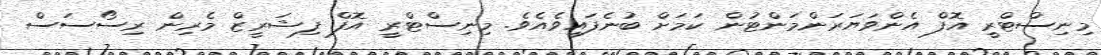
މިނިސްޓްރީ އޮފް އެންވަޔަރަންމަންޓުން ކަމަށް ބުނެފައިވެއެވެ. މިނިސްޓްރީ އޮފް ފިޝަރީޒް މެރިން ރިސޯސަސް